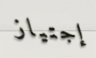
إجتياز